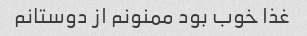
غذا خوب بود ممنونم از دوستانم